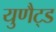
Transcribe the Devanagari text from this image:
युणैट्ड